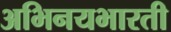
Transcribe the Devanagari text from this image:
अभिनयभारती